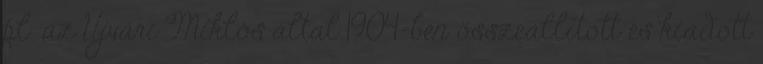
pl. az Újvári Miklós által 1904-ben összeállított és kiadott